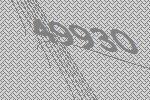
49930